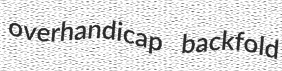
overhandicap backfold